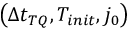
\left( \Delta t _ { T Q } , T _ { i n i t } , j _ { 0 } \right)